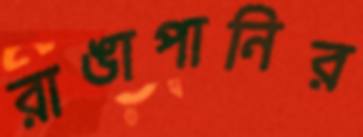
রাঙাপানির